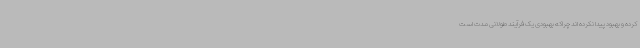
کرده و بهبود پیدا نکرده اند چراکه بهبودی یک فرآیند طولانی مدت است